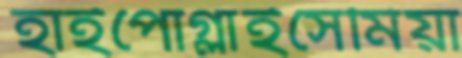
হাইপোগ্লাইসেমিয়া